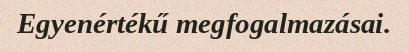
Egyenértékű megfogalmazásai.